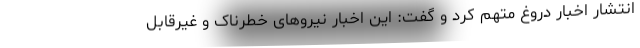
انتشار اخبار دروغ متهم کرد و گفت: این اخبار نیروهای خطرناک و غیرقابل